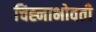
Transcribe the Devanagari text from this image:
चिह्नाभोवती